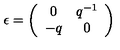
\epsilon = \left( \begin{array} { c c } { 0 } & { q ^ { - 1 } } \\ { - q } & { 0 } \\ \end{array} \right)